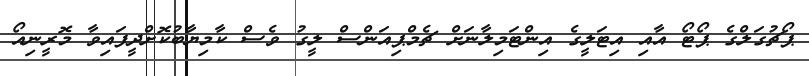
ޕޯޗުގަލްގެ ޕޯޓޯ އާއި އިޓަލީގެ އިންޓަމިލާނަށް ޗެމްޕިއަންސް ލީގު ވެސް ކާމިޔާބުކޮށްދީފައިވާ މޮރީނިއޯ